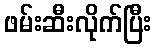
ဖမ်းဆီးလိုက်ပြီး